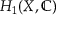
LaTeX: H _ { 1 } ( X , \mathbb { C } )